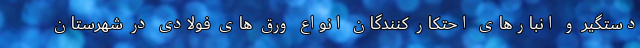
دستگیر و انبارهای احتکار کنندگان انواع ورق های فولادی در شهرستان